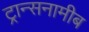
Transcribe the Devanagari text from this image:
ट्रान्सनामीब